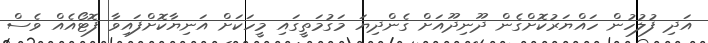
އަދި ފުލުހުން ހައްޔަރުކޮށްގެން ދޫނިދޫއަށް ގެންދިޔަ މަގުމަތީގައި މީހަކަށް އަނިޔާކޮށްފައިވާ ފޮޓޯއެއް ވެސް